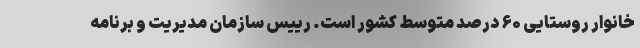
خانوار روستایی ۶۰ درصد متوسط کشور است. رییس سازمان مدیریت و برنامه